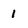
Character: 1